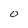
Character: 0